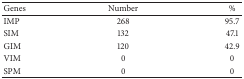
| Genes | Number | % |
 | --- | --- | --- |
 | IMP | 268 | 95.7 |
 | SIM | 132 | 47.1 |
 | GIM | 120 | 42.9 |
 | VIM | 0 | 0 |
 | SPM | 0 | 0 |